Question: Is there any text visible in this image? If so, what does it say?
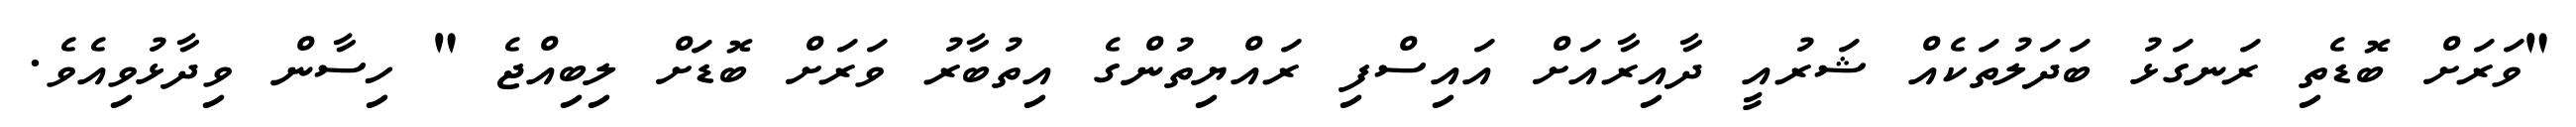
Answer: "ވަރަށް ބޮޑެތި ރަނގަޅު ބަދަލުތަކެއް ޝަރުއީ ދާއިރާއަށް އައިސްފި ރައްޔިތުންގެ އިތުބާރު ވަރަށް ބޮޑަށް ލިބިއްޖެ " ހިސާން ވިދާޅުވިއެވެ.